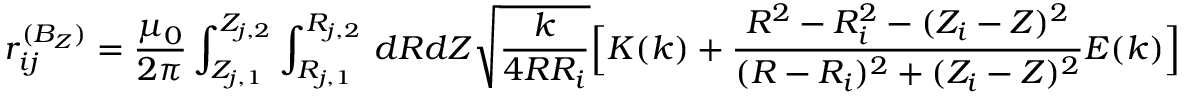
r _ { i j } ^ { ( B _ { Z } ) } = \frac { \mu _ { 0 } } { 2 \pi } \int _ { Z _ { j , 1 } } ^ { Z _ { j , 2 } } \int _ { R _ { j , 1 } } ^ { R _ { j , 2 } } \, d R d Z \sqrt { \frac { k } { 4 R R _ { i } } } \Big [ K ( k ) + \frac { R ^ { 2 } - R _ { i } ^ { 2 } - ( Z _ { i } - Z ) ^ { 2 } } { ( R - R _ { i } ) ^ { 2 } + ( Z _ { i } - Z ) ^ { 2 } } E ( k ) \Big ]